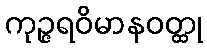
ကုဉ္ဇရဝိမာနဝတ္ထု